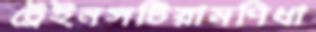
ট্রেইনসটিয়ামণিধা